Note on the mental hospitals in Burma - 1925-1940
Year: 1925
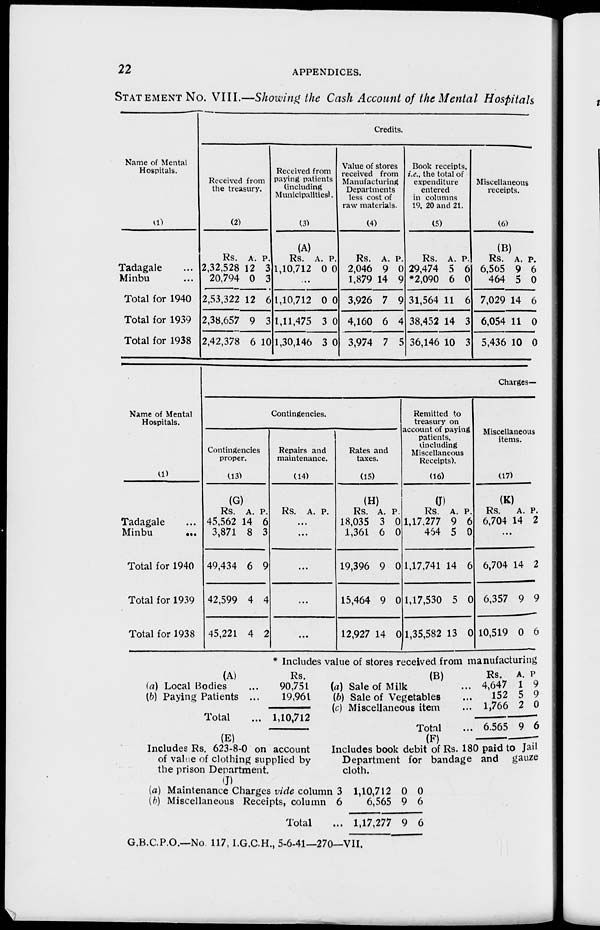
22
APPENDICES.
STATEMENT No. VIII.—Showing the Cash Account of the Mental Hospitals
Name of Mental
Hospitals.
(1)
Tadagale ...
Minbu ...
Total for 1940
Total for 1939
Total for 1938
Credits.
Received from
the treasury.
(2)
Rs.
2,32,528
20,794
2,53,322
2,38,657
2,42,378
A.
12
0
12
9
6
P.
3
3
6
3
10
Received from
paying patients
(including
Municipalities).
(3)
(A)
Rs.
1,10,712
A.
0
P.
0
...
1,10,712
1,11,475
1,30,146
0
3
3
0
0
0
Value of stores
received from
Manufacturing
Departments
less cost of
raw materials.
(4)
Rs.
2,046
1,879
3,926
4,160
3,974
A.
9
14
7
6
7
P.
0
9
9
4
5
Book receipts,
i.e., the total of
expenditure
entered
in columns
19, 20 and 21.
(5)
Rs.
29,474
*2,090
31,564
38,452
36,146
A.
5
6
11
14
10
P.
6
0
6
3
3
Miscellaneous
receipts.
(6)
(B)
Rs.
6,565
464
7,029
6,054
5,436
A.
9
5
14
11
10
P.
6
0
6
0
0
Name of Mental
Hospitals.
(1)
Tadagale ...
Minbu
...
Total for 1940
Total for 1939
Total for 1938
Charges—
Contingencies.
Contingencies
proper.
(13)
(G)
Rs.
45,562
3,871
49,434
42,599
45,221
A.
14
8
6
4
4
P.
6
3
9
4
2
Repairs and
maintenance.
(14)
Rs. A. P.
...
...
...
...
...
Rates and
taxes.
(15)
(H)
Rs.
18,035
1,361
19,396
15,464
12,927
A.
3
6
9
9
14
P.
0
0
0
0
0
Remitted to
treasury on
account of paying
patients,
(including
Miscellaneous
Receipts).
(16)
(J)
Rs.
1,17,277
464
1,17,741
1,17,530
1,35,582
A.
9
5
14
5
13
P.
6
0
6
0
0
Miscellaneous
items.
(17)
(K)
Rs.
6,704
A.
14
P.
2
...
6,704
6,357
10,519
14
9
0
2
9
6
* Includes value of stores received from manufacturing
(A)
(a) Local Bodies ...
(b) Paying Patients ...
Total ...
Rs.
90,751
19,961
1,10,712
(B)
(a) Sale of Milk ...
(b) Sale of Vegetables ...
(c) Miscellaneous item ...
Total ...
Rs.
4,647
152
1,766
6,565
A.
1
5
2
9
P.
9
9
0
6
(E)
Includes Rs. 623-8-0 on account
of value of clothing supplied by
the prison Department.
(F)
Includes book debit of Rs. 180 paid to Jail
Department for bandage and gauze
cloth.
(J)
(a) Maintenance Charges vide column 3
(b) Miscellaneous Receipts, column 6
Total ...
1,10,712
6,565
1,17,277
0
9
9
0
6
6
G.B.C.P.O.—No 117, I.G.C.H., 5-6-41—270—VII.